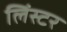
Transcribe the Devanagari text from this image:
लिंस्टर